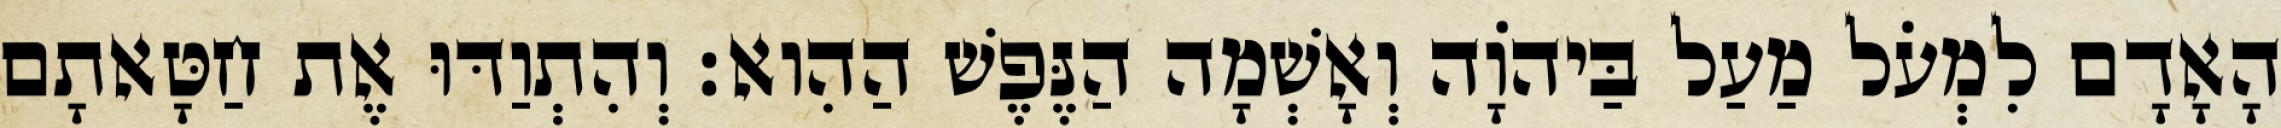
הָאָדָם לִמְעֹל מַעַל בַּיהוָֹה וְאָשְׁמָה הַנֶּפֶשׁ הַהִוא׃ וְהִתְוַדּוּ אֶת חַטָּאתָם